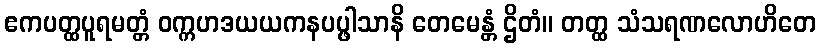
ဧကပတ္ထပူရမတ္တံ ဝက္ကဟဒယယကနပပ္ဖါသာနိ တေမေန္တံ ဌိတံ။ တတ္ထ သံသရဏလောဟိတေ